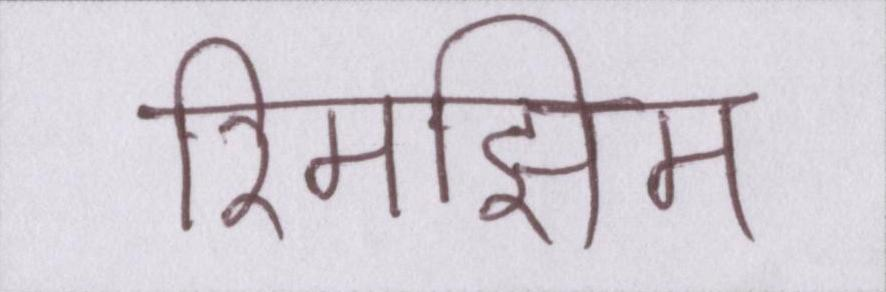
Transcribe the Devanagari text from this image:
रिमझिम